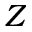
Z